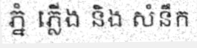
ភ្នំ ភ្លើង និង សំនឹក